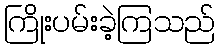
ကြိုးပမ်းခဲ့ကြသည်